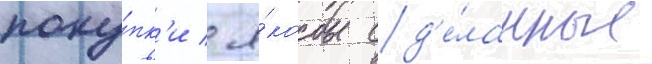
поку́пк'и / я́кобы сд'е́ланные